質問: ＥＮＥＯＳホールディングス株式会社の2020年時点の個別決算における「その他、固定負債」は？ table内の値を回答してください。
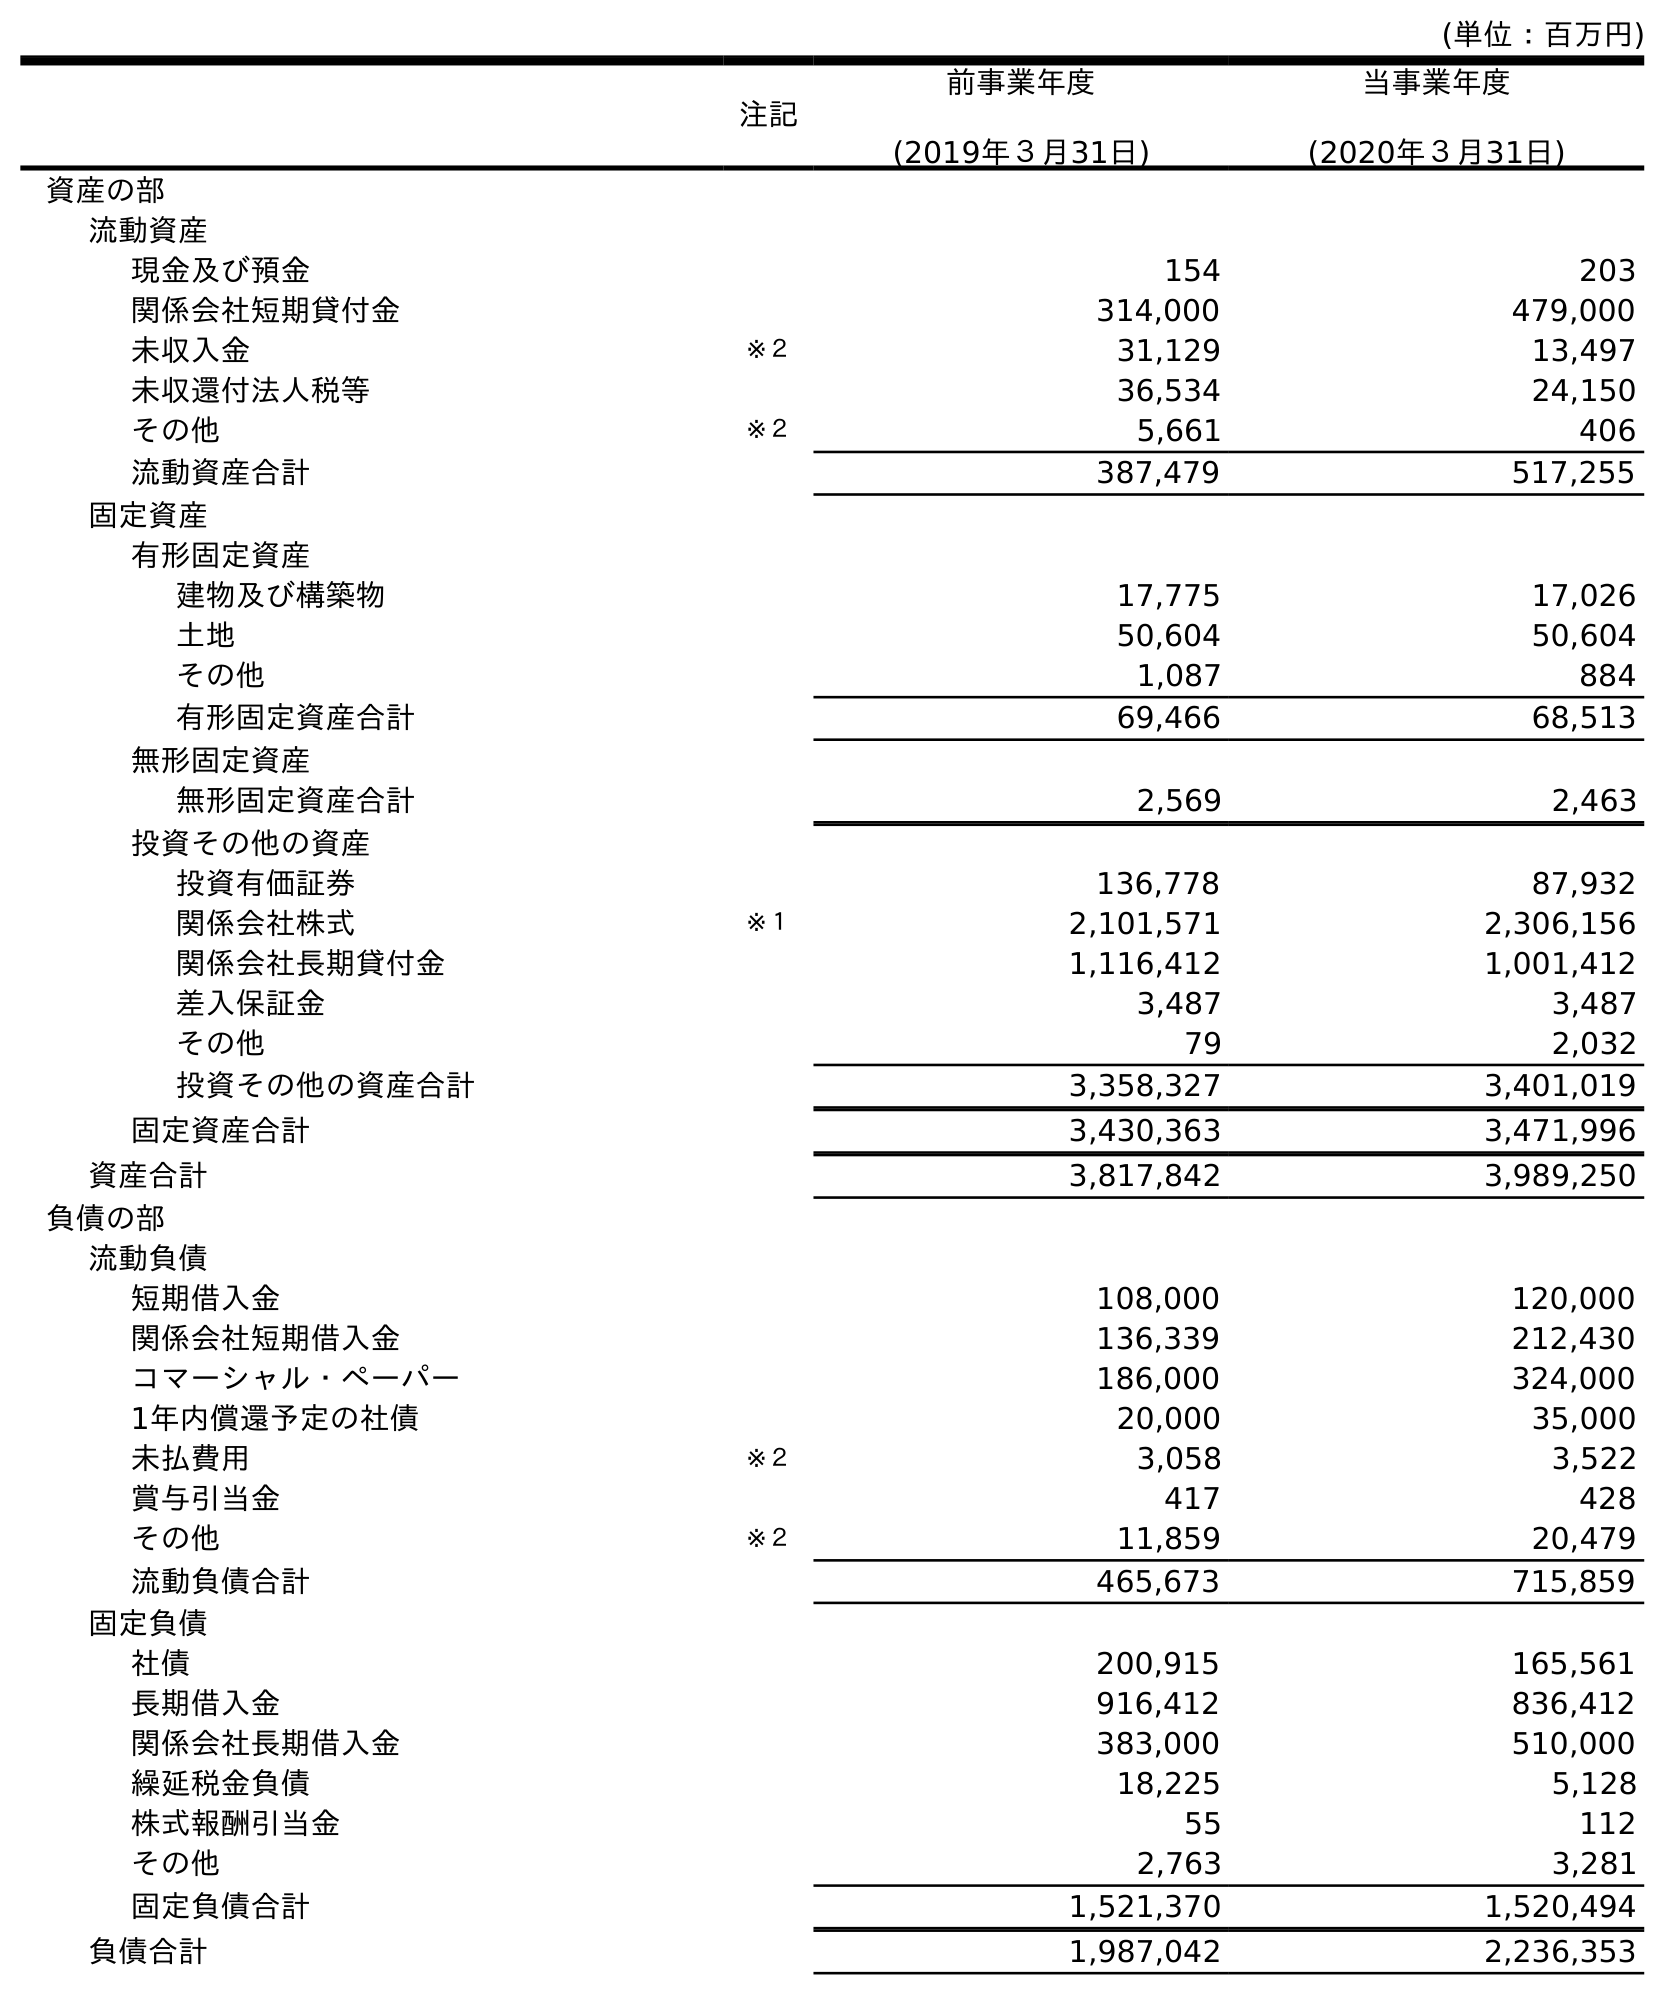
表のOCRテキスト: (単位：百万円) 注記 前事業年度 (2019年３月31日) 当事業年度 (2020年３月31日) 資産の部 流動資産 現金及び預金 154 203 関係会社短期貸付金 314,000 479,000 未収入金 ※２ 31,129 13,497 未収還付法人税等 36,534 24,150 その他 ※２ 5,661 406 流動資産合計 387,479 517,255 固定資産 有形固定資産 建物及び構築物 17,775 17,026 土地 50,604 50,604 その他 1,087 884 有形固定資産合計 69,466 68,513 無形固定資産 無形固定資産合計 2,569 2,463 投資その他の資産 投資有価証券 136,778 87,932 関係会社株式 ※１ 2,101,571 2,306,156 関係会社長期貸付金 1,116,412 1,001,412 差入保証金 3,487 3,487 その他 79 2,032 投資その他の資産合計 3,358,327 3,401,019 固定資産合計 3,430,363 3,471,996 資産合計 3,817,842 3,989,250 負債の部 流動負債 短期借入金 108,000 120,000 関係会社短期借入金 136,339 212,430 コマーシャル・ペーパー 186,000 324,000 1年内償還予定の社債 20,000 35,000 未払費用 ※２ 3,058 3,522 賞与引当金 417 428 その他 ※２ 11,859 20,479 流動負債合計 465,673 715,859 固定負債 社債 200,915 165,561 長期借入金 916,412 836,412 関係会社長期借入金 383,000 510,000 繰延税金負債 18,225 5,128 株式報酬引当金 55 112 その他 2,763 3,281 固定負債合計 1,521,370 1,520,494 負債合計 1,987,042 2,236,353
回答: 3,281